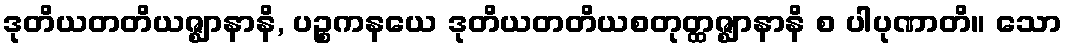
ဒုတိယတတိယဇ္ဈာနာနိ, ပဉ္စကနယေ ဒုတိယတတိယစတုတ္ထဇ္ဈာနာနိ စ ပါပုဏာတိ။ သော